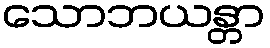
သောဘယန္တာ